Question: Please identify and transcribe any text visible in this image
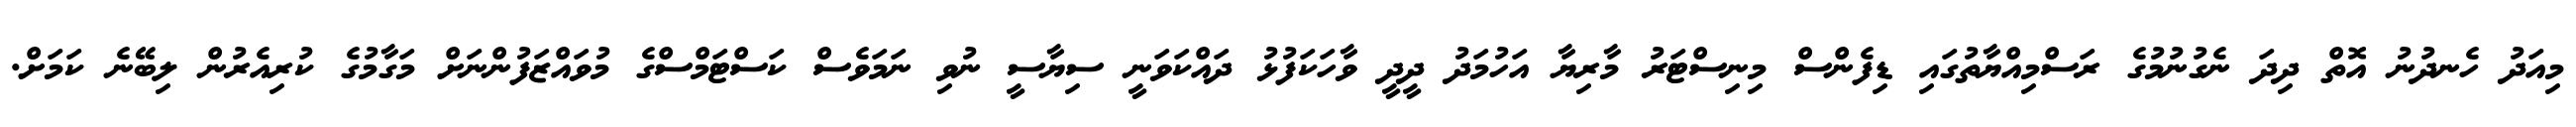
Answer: މިއަދު ހެނދުނު އޮތް ދިދަ ނެގުނުމުގެ ރަސްމިއްޔާތުގައި ޑިފެންސް މިނިސްޓަރު މާރިޔާ އަހުމަދު ދީދީ ވާހަކަފުޅު ދައްކަވަނީ ސިޔާސީ ނުވި ނަމަވެސް ކަސްޓަމްސްގެ މުވައްޒަފުންނަށް މަގާމުގެ ކުރިއެރުން ލިބޭނެ ކަމަށް.